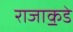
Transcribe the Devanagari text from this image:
राजा॒कडे